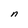
Character: n